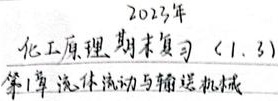
2023年化工原理期末复习（1.3）
第1章 流体流动与输送机械